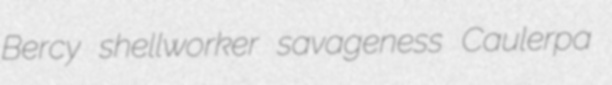
Bercy shellworker savageness Caulerpa